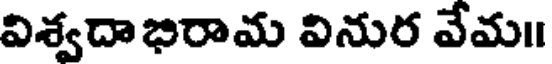
విశ్వదాభిరామ వినుర వేమ॥